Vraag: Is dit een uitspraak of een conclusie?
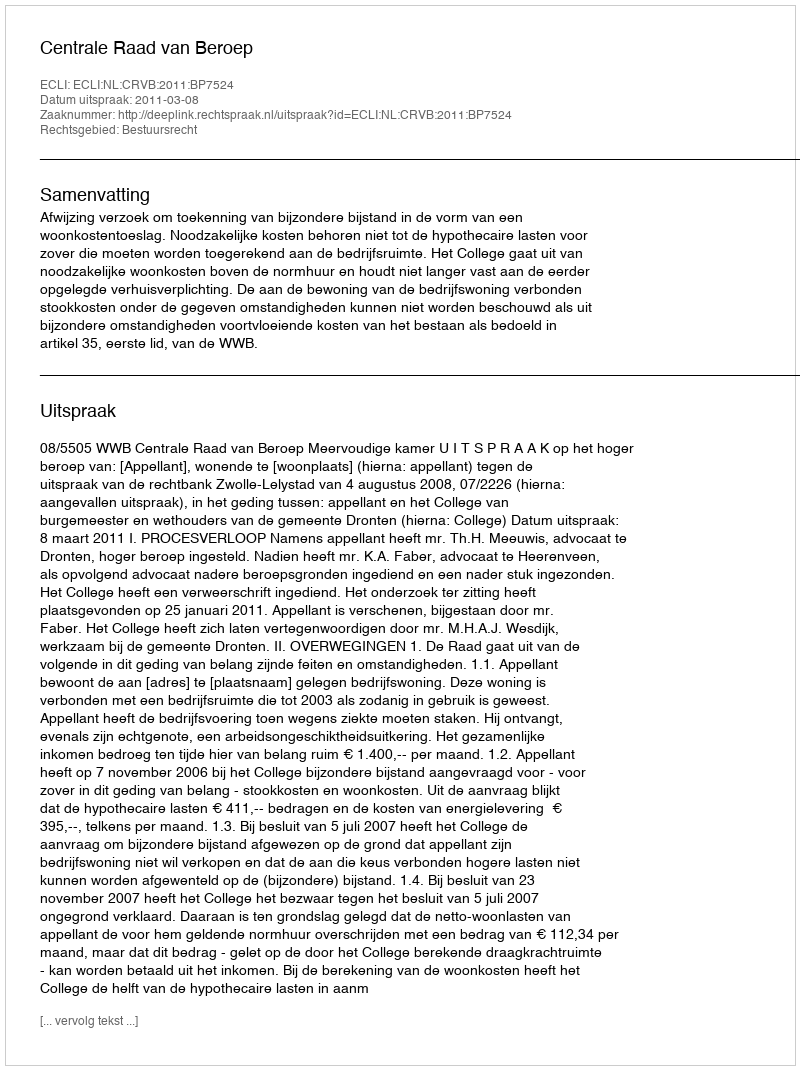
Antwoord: Uitspraak